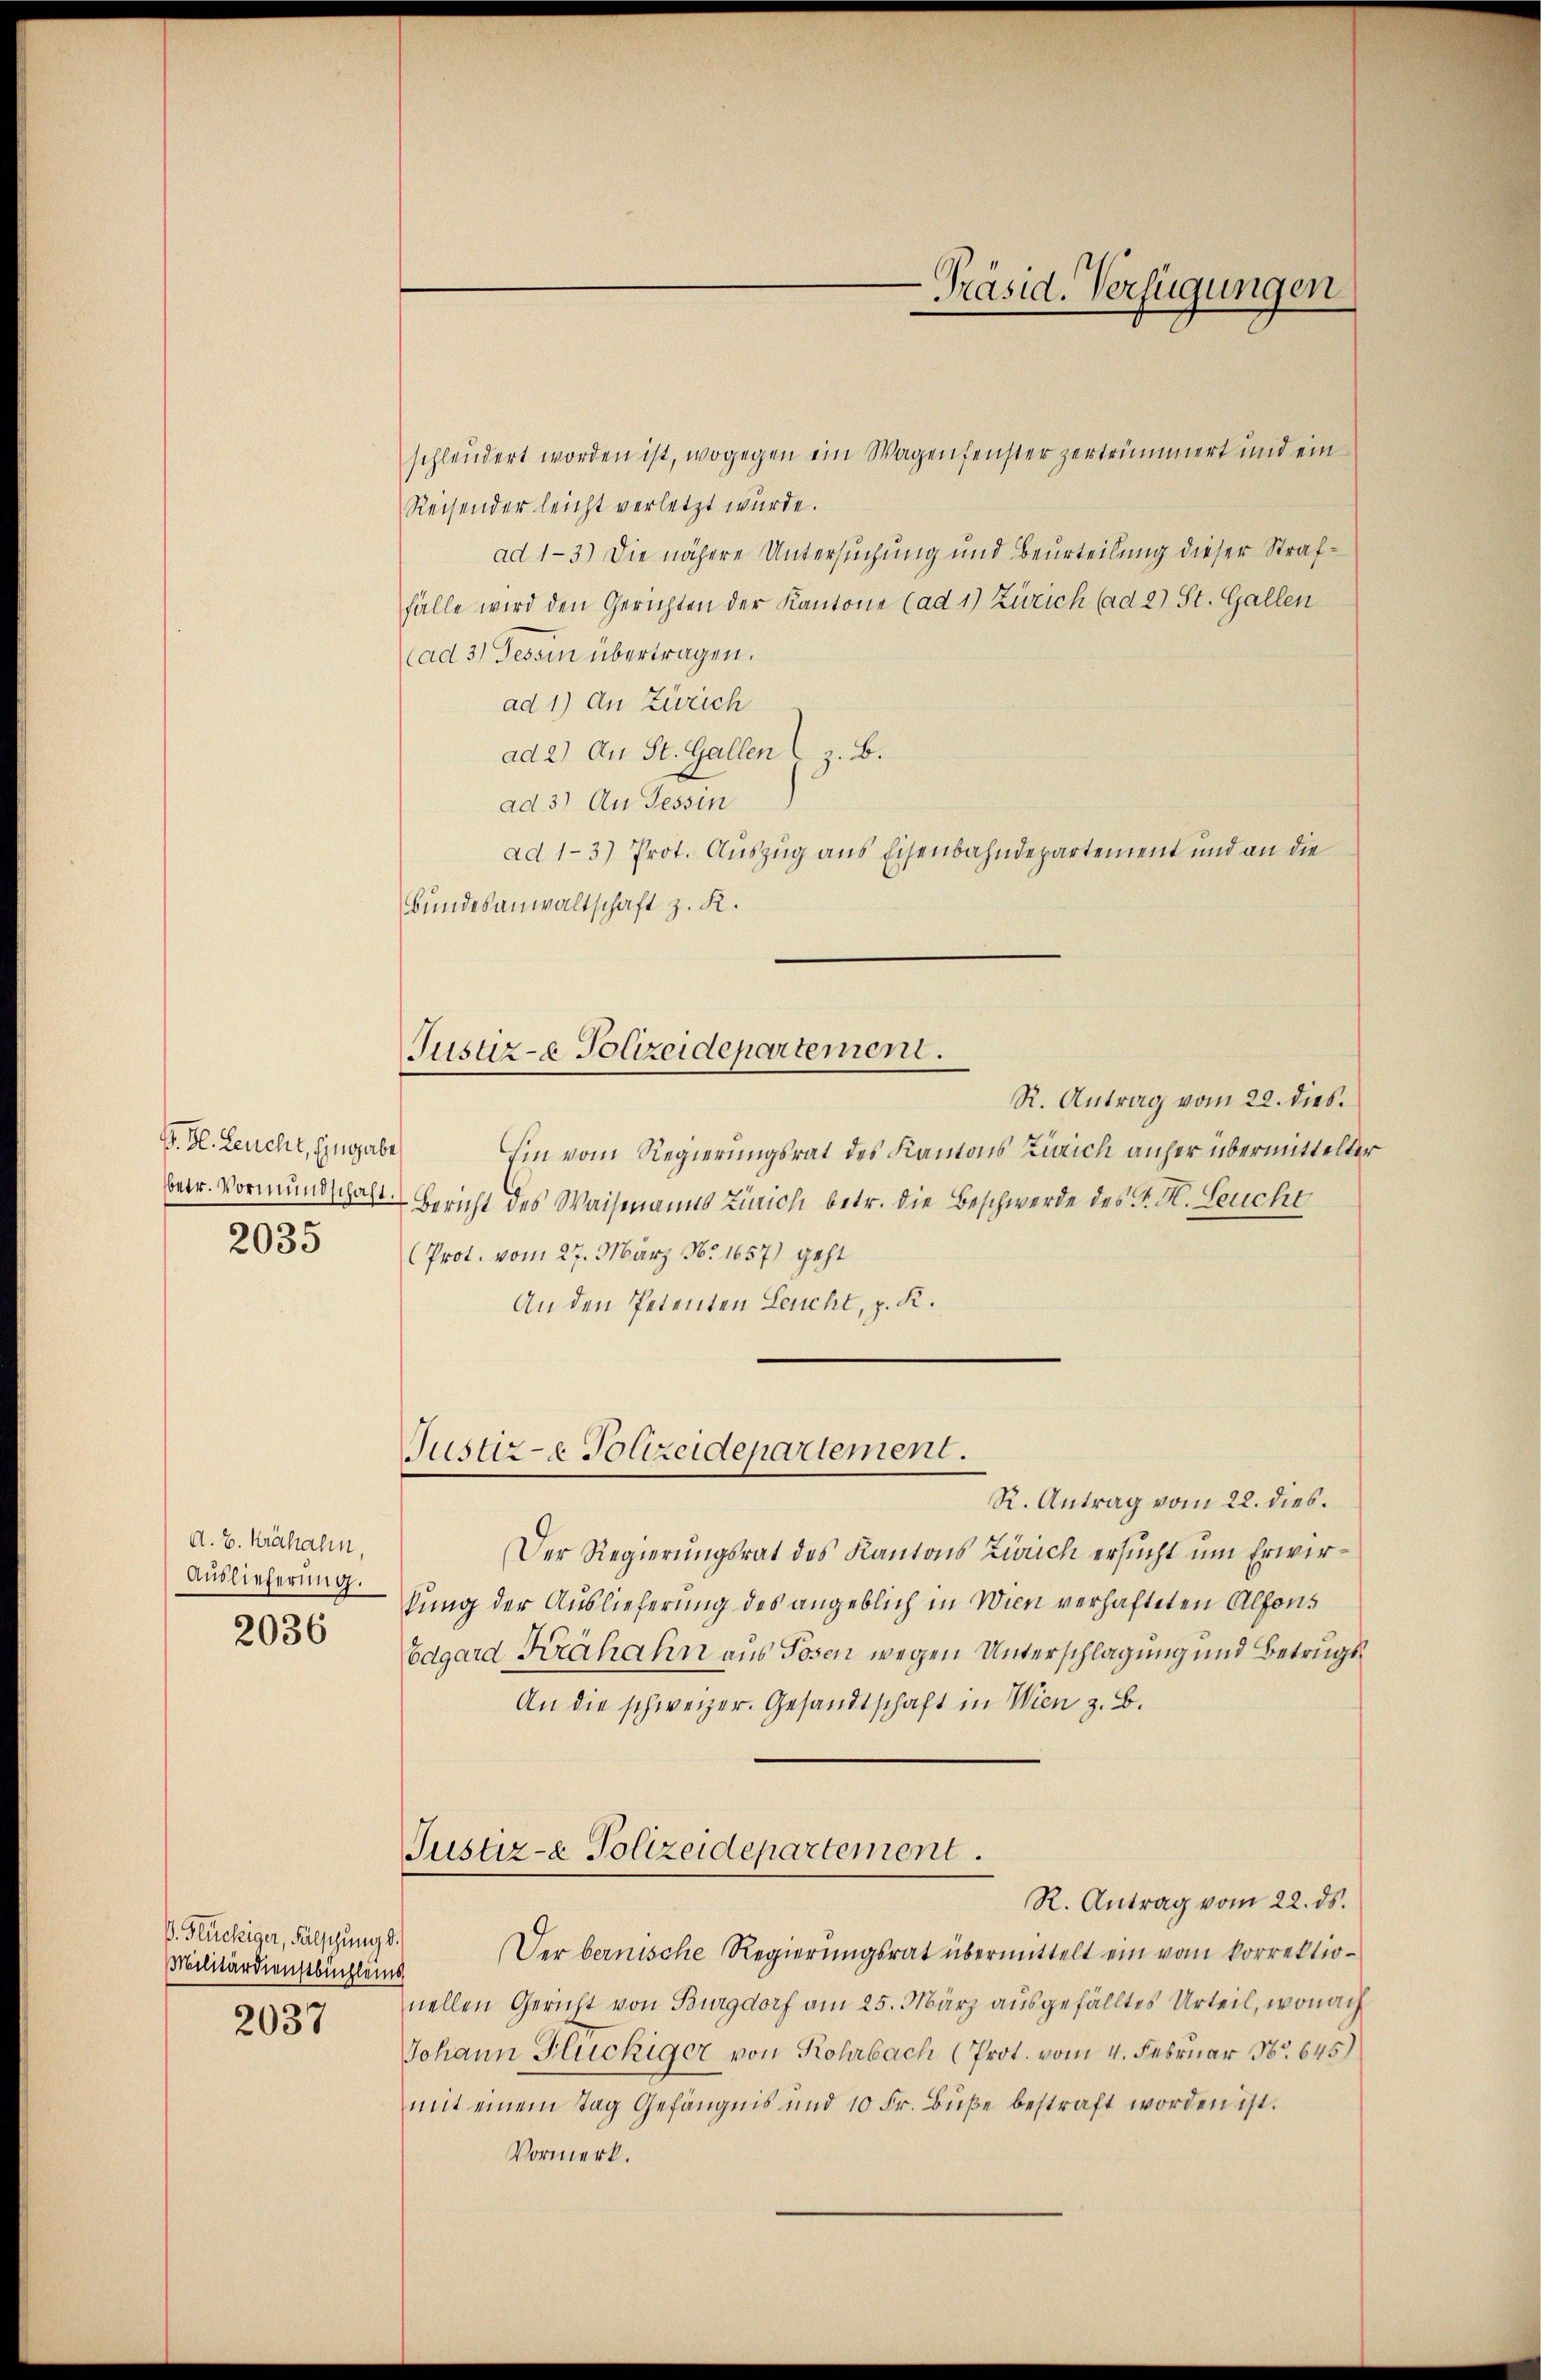
S. H. Leucht, Eingabe
betr. Vormundschaft.
2035

A. E. Krähalen.
Auslieferung.
2036

V. Flückiger, Fälschung d.
Militärdienstbüchlein
2037

Justiz-e Polizeidepartement.

-Präsid. Verfügungen

schleudert worden ist, wogegen ein Wagenfenster zertrümmert und ein
Reisender leicht verletzt wurde.
ad 1-3.) Die nähere Untersuchung und Beurteilung dieser Straffälle wird den Gerichten der Kantone (ad 1) Zürich (ad 2) St. Gallen
(ad 3) Tessin übertragen.
ad 1) An Zürich
ad 2) An St. Gallen (z. B.
ad 3) An Tessin
ad 1-3) Prot. Auszug aus Eisenbahndepartement und an die
Bundesanwaltschaft z. K.
R. Antrag vom 22. dies
hin vom Regierungsrat des Kantons Zürich anher übermittelter
Bericht des Waismanns Zürich betr. die Beschwerde des P. H. Leucht
(Prot. vom 27. März No. 1657) geht
An den Petenten Leucht, z. K.
Justiz-e Polizeidepartement.
R. Antrag vom 22. dies.
Der Regierungsrat des Kantons Zürich ersucht um Erwirkung der Auslieferung des angeblich in Wien verhafteten Alfons
Edgard Krähahn aus Posen wegen Unterschlagung und Betrugs¬
An die schweizer. Gesandtschaft in Wien z. B.
Justiz- & Polizeidepartement.
R. Antrag vom 22. ds.
Der bernische Regierungsrat übermittelt ein vom korrektionellen Gericht von Burgdorf am 25. März ausgefälltes Urteil, wonach
Johann Hlückiger von Rohrbach (Prot. vom 4. Februar 18645)
mit einem Tag Gefängnis und 10 Fr. Bŭβe bestraft worden ist.
Vormerk.